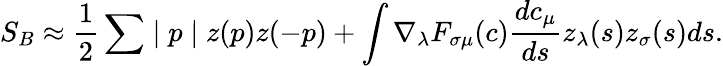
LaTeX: S_{B}\approx\frac{1}{2}\sum\mid p\mid z(p)z(-p)+\int\nabla_{\lambda}F_{\sigma\mu}(c)\frac{dc_{\mu}}{ds}z_{\lambda}(s)z_{\sigma}(s)ds.